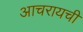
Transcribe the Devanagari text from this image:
आचरायची